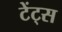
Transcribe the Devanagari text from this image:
टेंट्स